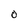
Character: O